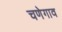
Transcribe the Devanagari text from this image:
चणेगाव